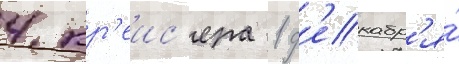
4 кр'еис'ера 1 д'екабр'я́